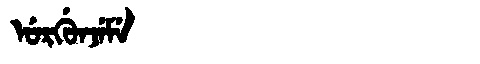
Manchu: ᡠᡵᡤᡠᠨᠵᡝᠮᡝ
Romanization: URGUNJEME